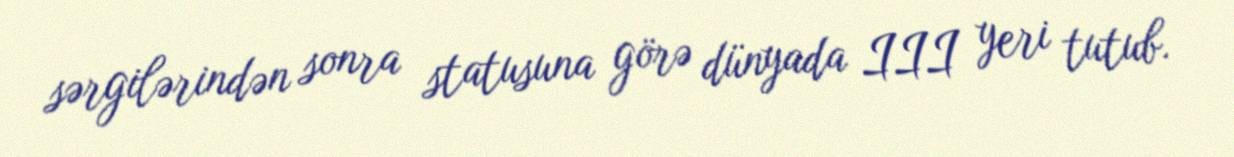
sərgilərindən sonra statusuna görə dünyada III yeri tutub.